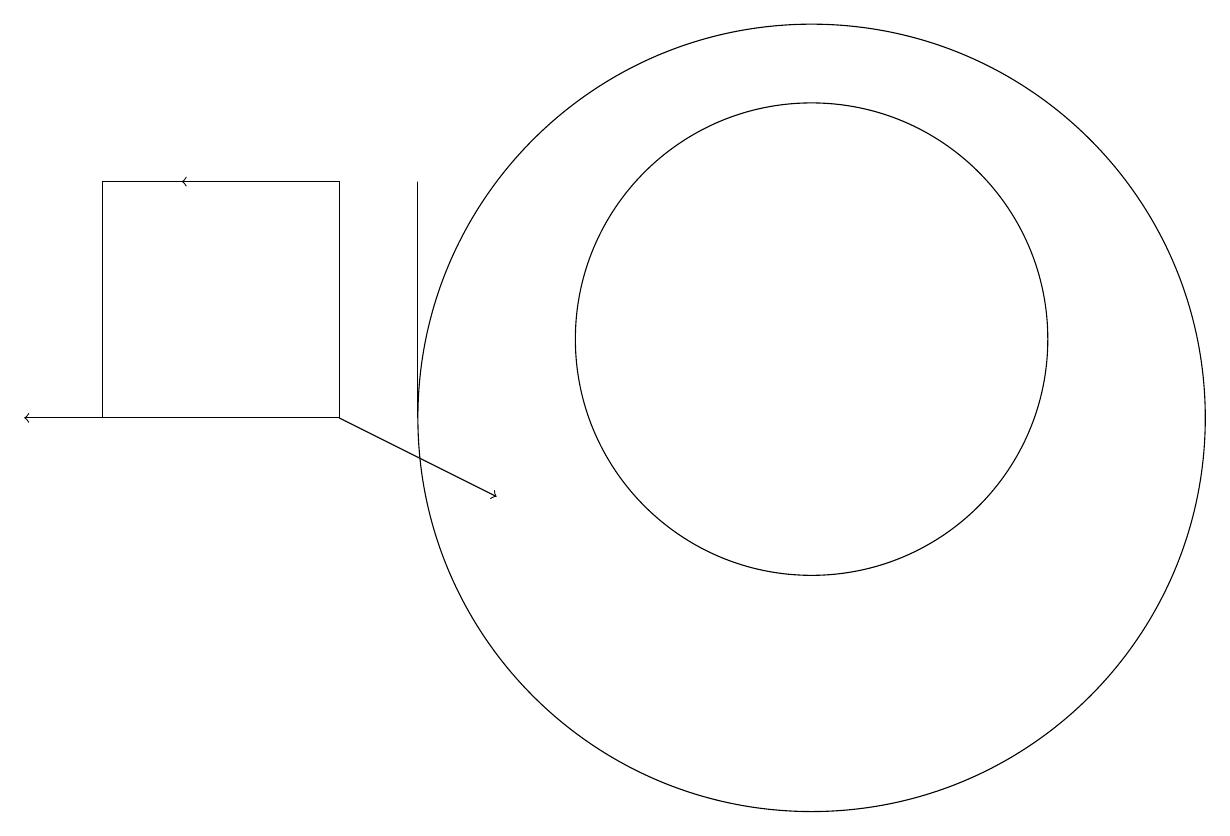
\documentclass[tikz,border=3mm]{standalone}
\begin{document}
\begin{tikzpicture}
\draw (11,11) circle (5);
\draw (11,12) circle (3);
\draw[->] (5,11) -- (7,10);
\draw (6,14) rectangle (6,11);
\draw[->] (5,14) -- (3,14);
\draw (2,14) rectangle (5,11);
\draw[->] (5,11) -- (1,11);
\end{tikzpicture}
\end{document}